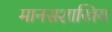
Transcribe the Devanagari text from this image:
मानसशास्त्रिय